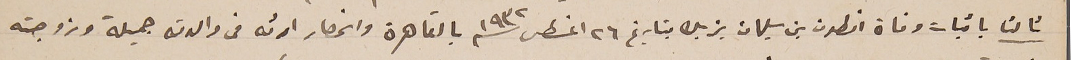
ثالثا باثبات وفاة انطون بن سليمان يزبك بتاريخ ٢٦ اغسطس ١٩٣٢ بالقاهرة وانحصار ارثه من والدته جميلة وزوجته